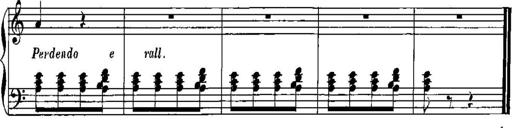
Title: Trois sonatines
Composer: Maurice Emmanuel